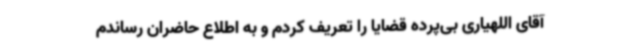
آقای اللهیاری بی‌پرده قضایا را تعریف کردم و به اطلاع حاضران رساندم